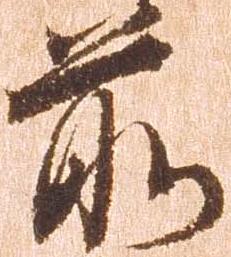
前